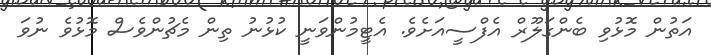
އަތުން މޮޅުވި ބެންގަލޫރް އެފްސީއަށެވެ. އެޓީމުންވަނީ ކުޅުނު ތިން މެޗުންވެސް މޮޅުވެ ނުވަ